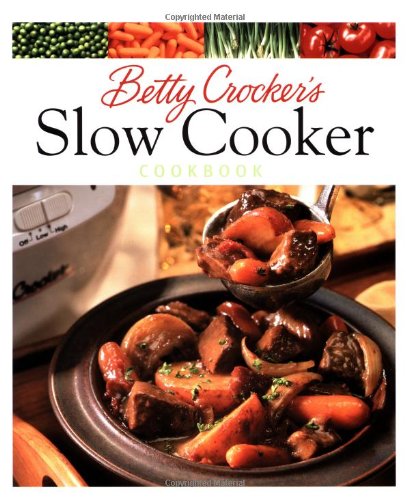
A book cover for Betty Crocker's Slow Cooker Cookbook (Betty Crocker Cooking); Betty Crocker; Cookbooks, Food & Wine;